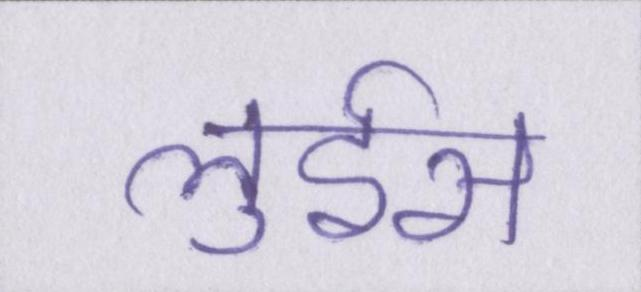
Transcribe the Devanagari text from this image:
लुईस